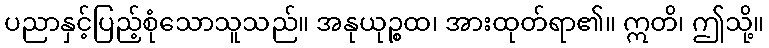
ပညာနှင့်ပြည့်စုံသောသူသည်။ အနုယုဉ္စထ၊ အားထုတ်ရာ၏။ ဣတိ၊ ဤသို့။